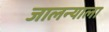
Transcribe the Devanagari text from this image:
जालन्याला